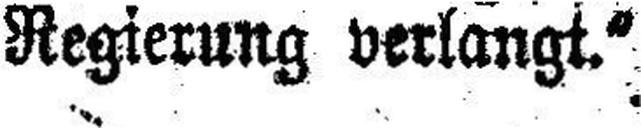
Regierung verlangt.“